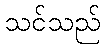
သင်သည်